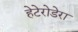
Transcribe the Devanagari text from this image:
हेटेरोडेरा